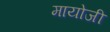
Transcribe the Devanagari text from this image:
मायोजी